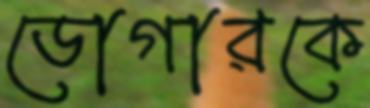
ডোগারকে